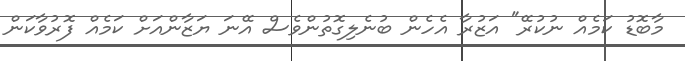
މާބޮޑު ކަމެއް ނުކުރޭ" އަޒުރާ އެހެން ބުނެލިގޮތުންވެސް އޭނަ ޔަޒާންއަށް ކަމެއް ފޮރުވާކަން